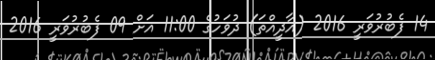
14 ފެބުރުވަރީ 2016 (އާދީއްތަ) ދުވަހުގެ 11:00 އަށް 09 ފެބުރުވަރީ 2016